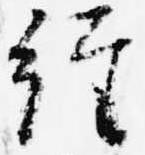
経